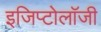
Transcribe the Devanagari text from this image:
इजिप्टोलॉजी